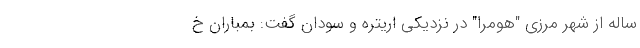
ساله از شهر مرزی "هومرا" در نزدیکی اریتره و سودان گفت: بمباران‌ خ